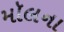
મૉલના